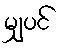
မျှပင်